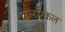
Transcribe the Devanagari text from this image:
कलरिकल